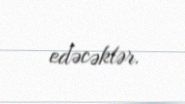
edəcəklər.